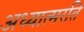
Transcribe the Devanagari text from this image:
अध्यात्मरति